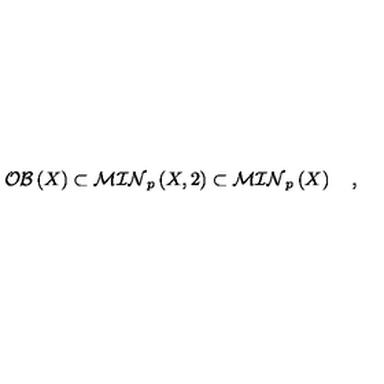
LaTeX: { \cal O B } \left( X \right) \subset { \cal M I N } _ { p } \left( X , 2 \right) \subset { \cal M I N } _ { p } \left( X \right) \quad ,